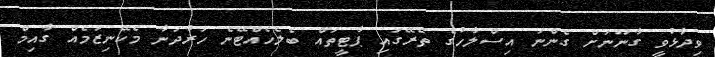
ވިދާޅުވީ ގާނޫނަށް ގެންނަ އިސްލާހުގެ ތެރޭގައި ޕާޓީތައް ބެލެހެއްޓޭނެ ހަރުދަނާ މެކޭނިޒަމެއް ގާއިމް